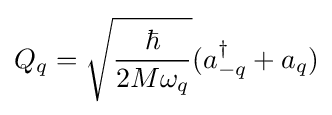
Q_{q}={\sqrt {\frac {\hbar }{2M\omega _{q}}}}(a_{-q}^{\dagger }+a_{q})